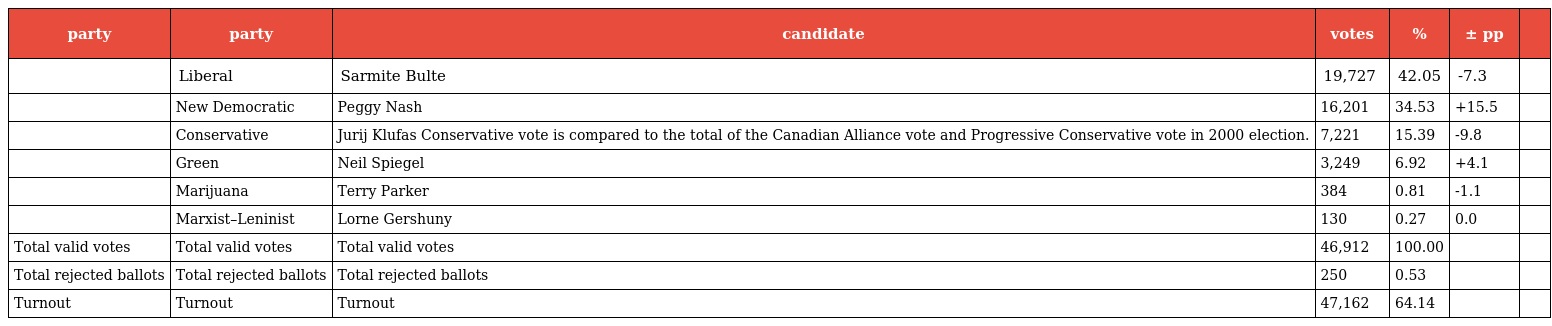
| party | party | candidate | votes | % | ± pp |  |
 | --- | --- | --- | --- | --- | --- | --- |
 |  | Liberal | Sarmite Bulte | 19,727 | 42.05 | -7.3 |  |
 |  | New Democratic | Peggy Nash | 16,201 | 34.53 | +15.5 |  |
 |  | Conservative | Jurij Klufas Conservative vote is compared to the total of the Canadian Alliance vote and Progressive Conservative vote in 2000 election. | 7,221 | 15.39 | -9.8 |  |
 |  | Green | Neil Spiegel | 3,249 | 6.92 | +4.1 |  |
 |  | Marijuana | Terry Parker | 384 | 0.81 | -1.1 |  |
 |  | Marxist–Leninist | Lorne Gershuny | 130 | 0.27 | 0.0 |  |
 | Total valid votes | Total valid votes | Total valid votes | 46,912 | 100.00 |  |  |
 | Total rejected ballots | Total rejected ballots | Total rejected ballots | 250 | 0.53 |  |  |
 | Turnout | Turnout | Turnout | 47,162 | 64.14 |  |  |